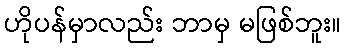
ဟိုပန်မှာလည်း ဘာမှ မဖြစ်ဘူး။